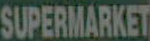
SUPERMARKET